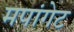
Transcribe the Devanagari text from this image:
मपांगेट